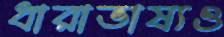
ধারাভাষ্যও